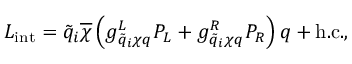
{ \cal L } _ { \mathrm { i n t } } = \tilde { q } _ { i } \overline { { { \chi } } } \left( g _ { \tilde { q } _ { i } \chi q } ^ { L } P _ { L } + g _ { \tilde { q } _ { i } \chi q } ^ { R } P _ { R } \right) q + \mathrm { h . c . } ,